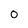
Character: 0